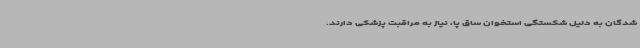
شدگان به دلیل شکستگی استخوان ساق پا، نیاز به مراقبت پزشکی دارند.